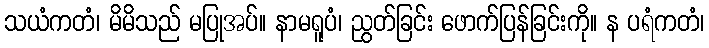
သယံကတံ၊ မိမိသည် မပြုအပ်။ နာမရူပံ၊ ညွတ်ခြင်း ဖောက်ပြန်ခြင်းကို။ န ပရံကတံ၊